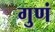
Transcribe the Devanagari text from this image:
गुणं